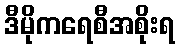
ဒီမိုကရေစီအစိုးရ